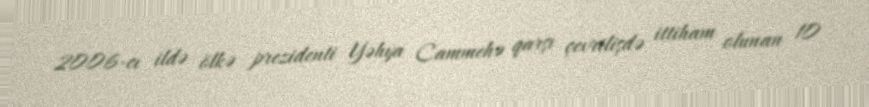
2006-cı ildə ölkə prezidenti Yəhya Cammehə qarşı çevrilişdə ittiham olunan 10